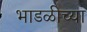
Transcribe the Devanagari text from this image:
भाडळीच्या